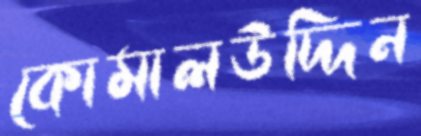
কোমালউদ্দিন